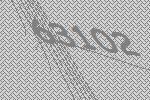
63102